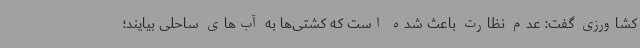
کشاورزی گفت: عدم نظارت باعث شده است که کشتی‌ها به آب‌های ساحلی بیایند؛